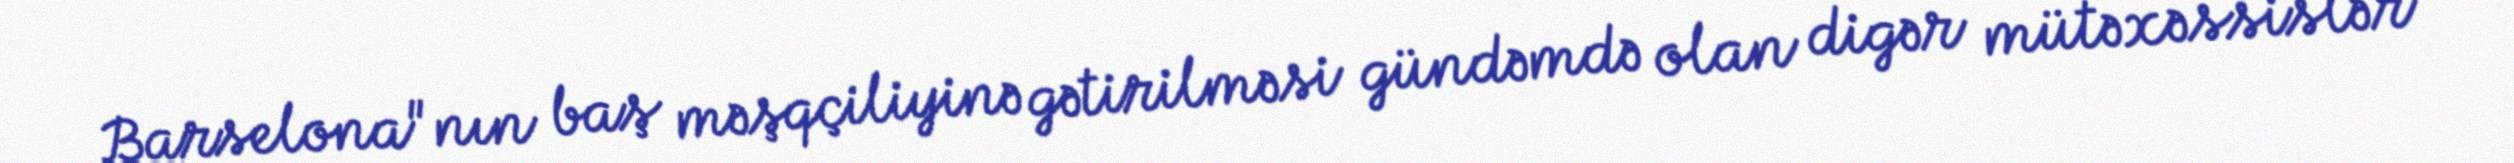
Barselona"nın baş məşqçiliyinə gətirilməsi gündəmdə olan digər mütəxəssislər